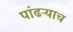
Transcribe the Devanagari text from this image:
पांढऱ्याच